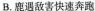
B.鹿遇敌害快速奔跑